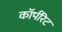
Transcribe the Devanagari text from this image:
कॉर्परिट